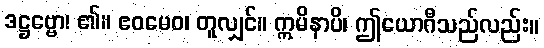
ဒဋ္ဌဗ္ဗော၊ ၏။ ဧဝမေဝ၊ တူလျှင်။ ဣမိနာပိ၊ ဤယောဂီသည်လည်း။